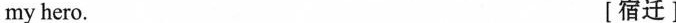
my hero. [宿迁]